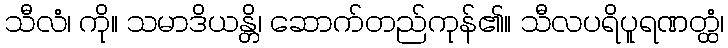
သီလံ၊ ကို။ သမာဒိယန္တိ၊ ဆောက်တည်ကုန်၏။ သီလပရိပူရဏတ္ထံ၊